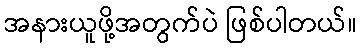
အနားယူဖို့အတွက်ပဲ ဖြစ်ပါတယ်။